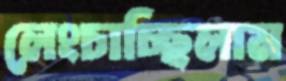
লেংচাচ্ছিলাম